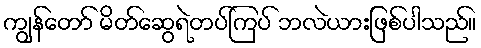
ကျွန်တော် မိတ်ဆွေရဲတပ်ကြပ် ဘလဲယားဖြစ်ပါသည်။